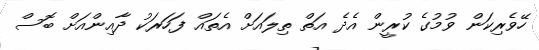
ހޭވެރިކަން ވުމުގެ ކުރީން އެދެ އަތް ތިލައަށް އެތައް ފަހަރަކު ދާއިންއަށް ބޮސް